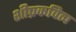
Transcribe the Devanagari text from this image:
शीघ्रकवित्व